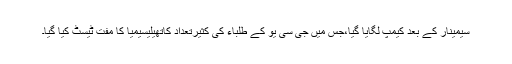
سیمینار کے بعد کیمپ لگایا گیا،جس میں جی سی یو کے طلباء کی کثیرتعداد کاتھیلیسیمیا کا مفت ٹیسٹ کیا گیا۔